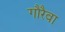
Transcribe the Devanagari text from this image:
गौरैवा